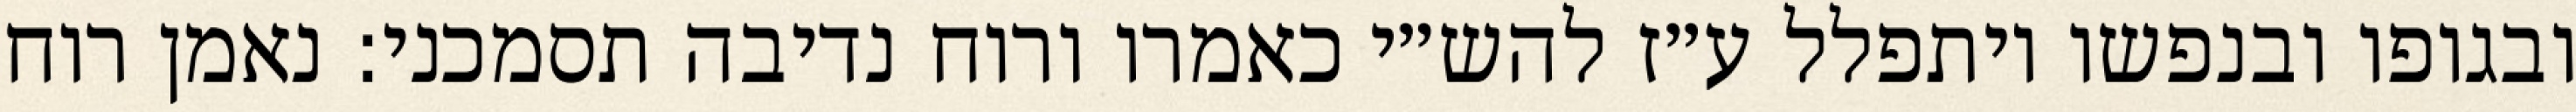
ובגופו ובנפשו ויתפלל ע״ז להש״י כאמרו ורוח נדיבה תסמכני: נאמן רוח